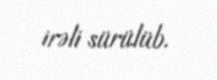
irəli sürülüb.